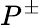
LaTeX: P^{\pm}